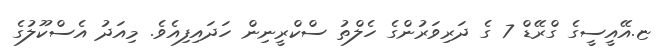
ޏ.އޭއީސީގެ ގްރޭޑް 7 ގެ ދަރިވަރުންގެ ހެލްތު ސްކްރީނިން ހަދައިފިއެވެ. މިއަދު އެސްކޫލުގެ